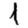
Digit: 1